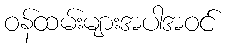
ဝန်ထမ်းများအပါအဝင်